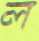
ল